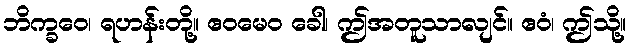
ဘိက္ခဝေ၊ ရဟန်းတို့။ ဧဝမေဝ ခေါ၊ ဤအတူသာလျင်။ ဧဝံ၊ ဤသို့။